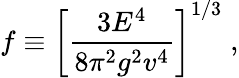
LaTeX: f\equiv\left[\frac{3E^{4}}{8\pi^{2}g^{2}v^{4}}\right]^{1/3}\; ,